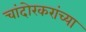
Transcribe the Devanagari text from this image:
चांदोरकरांच्या